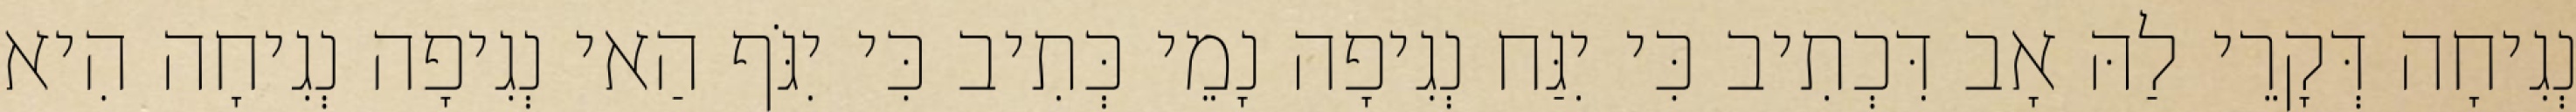
נְגִיחָה דְּקָרֵי לַהּ אָב דִּכְתִיב כִּי יִגַּח נְגִיפָה נָמֵי כְּתִיב כִּי יִגֹּף הַאי נְגִיפָה נְגִיחָה הִיא